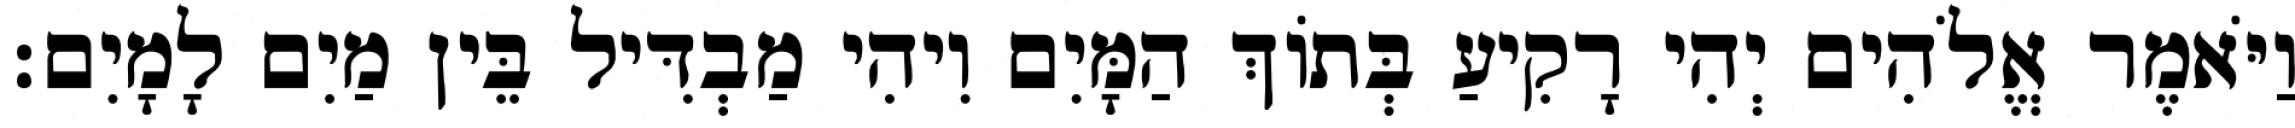
וַיֹּאמֶר אֱלֹהִים יְהִי רָקִיעַ בְּתֹוךְ הַמָּיִם וִיהִי מַבְדִּיל בֵּין מַיִם לָמָיִם׃